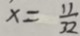
x = \frac { 1 1 } { 3 2 }